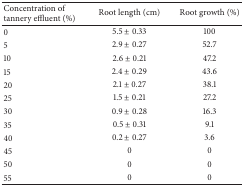
<table><thead><tr><td><b>Concentration of tannery effluent (%)</b></td><td><b>Root length (cm)</b></td><td><b>Root growth (%)</b></td></tr></thead><tbody><tr><td>0</td><td>5.5 ± 0.33</td><td>100</td></tr><tr><td>5</td><td>2.9 ± 0.27</td><td>52.7</td></tr><tr><td>10</td><td>2.6 ± 0.21</td><td>47.2</td></tr><tr><td>15</td><td>2.4 ± 0.29</td><td>43.6</td></tr><tr><td>20</td><td>2.1 ± 0.27</td><td>38.1</td></tr><tr><td>25</td><td>1.5 ± 0.21</td><td>27.2</td></tr><tr><td>30</td><td>0.9 ± 0.28</td><td>16.3</td></tr><tr><td>35</td><td>0.5 ± 0.31</td><td>9.1</td></tr><tr><td>40</td><td>0.2 ± 0.27</td><td>3.6</td></tr><tr><td>45</td><td>0</td><td>0</td></tr><tr><td>50</td><td>0</td><td>0</td></tr><tr><td>55</td><td>0</td><td>0</td></tr></tbody></table>